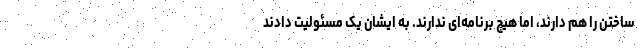
ساختن را هم دارند، اما هیچ برنامه‌ای ندارند. به ایشان یک مسئولیت دادند